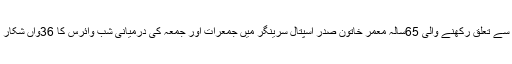
بٹہ مالو سے تعلق رکھنے والی 65سالہ معمر خاتون صدر اسپتال سرینگر میں جمعرات اور جمعہ کی درمیانی شب وائرس کا 36واں شکار بن گئی۔